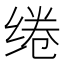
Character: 绻